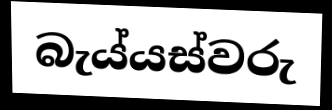
බැය්යස්වරු